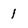
Character: 1